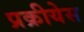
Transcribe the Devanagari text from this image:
प्रक्रीयेस